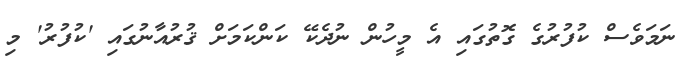
ނަމަވެސް ކުފުރުގެ ގޮތުގައި އެ މީހުން ނުދެކޭ ކަންކަމަށް ޤުރުއާނުގައި 'ކުފުރު' މި